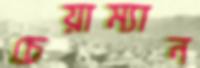
চেয়াম্যান